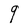
Character: 9